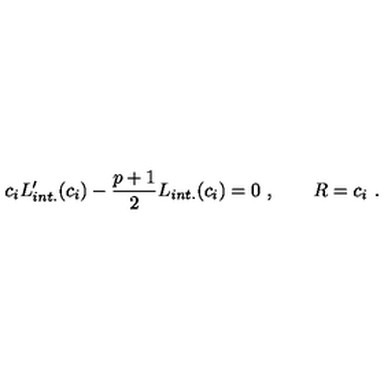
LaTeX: c _ { i } L _ { i n t . } ^ { \prime } ( c _ { i } ) - { \frac { p + 1 } { 2 } } L _ { i n t . } ( c _ { i } ) = 0 \ , \qquad R = c _ { i } \ .